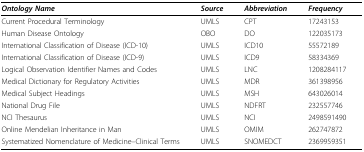
<table><thead><tr><td><b><i>Ontology Name</i></b></td><td><b><i>Source</i></b></td><td><b><i>Abbreviation</i></b></td><td><b><i>Frequency</i></b></td></tr></thead><tbody><tr><td>Current Procedural Terminology</td><td>UMLS</td><td>CPT</td><td>17243153</td></tr><tr><td>Human Disease Ontology</td><td>OBO</td><td>DO</td><td>122035173</td></tr><tr><td>International Classification of Disease (ICD-10)</td><td>UMLS</td><td>ICD10</td><td>55572189</td></tr><tr><td>International Classification of Disease (ICD-9)</td><td>UMLS</td><td>ICD9</td><td>58334369</td></tr><tr><td>Logical Observation Identifier Names and Codes</td><td>UMLS</td><td>LNC</td><td>1208284117</td></tr><tr><td>Medical Dictionary for Regulatory Activities</td><td>UMLS</td><td>MDR</td><td>361398956</td></tr><tr><td>Medical Subject Headings</td><td>UMLS</td><td>MSH</td><td>643026014</td></tr><tr><td>National Drug File</td><td>UMLS</td><td>NDFRT</td><td>232557746</td></tr><tr><td>NCI Thesaurus</td><td>UMLS</td><td>NCI</td><td>2498591490</td></tr><tr><td>Online Mendelian Inheritance in Man</td><td>UMLS</td><td>OMIM</td><td>262747872</td></tr><tr><td>Systematized Nomenclature of Medicine–Clinical Terms</td><td>UMLS</td><td>SNOMEDCT</td><td>2369959351</td></tr></tbody></table>